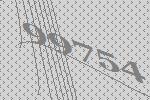
99754